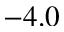
- 4 . 0